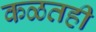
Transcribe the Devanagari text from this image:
कळतही